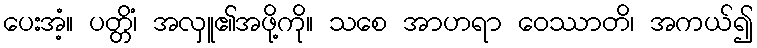
ပေးအံ့။ ပတ္တိံ၊ အလှူ၏အဖို့ကို။ သစေ အာဟရာ ဝေဿာတိ၊ အကယ်၍